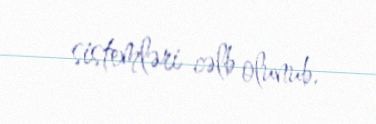
sistemləri cəlb olunub.